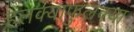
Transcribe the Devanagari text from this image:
हलक्याफुलक्या